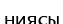
ниясы